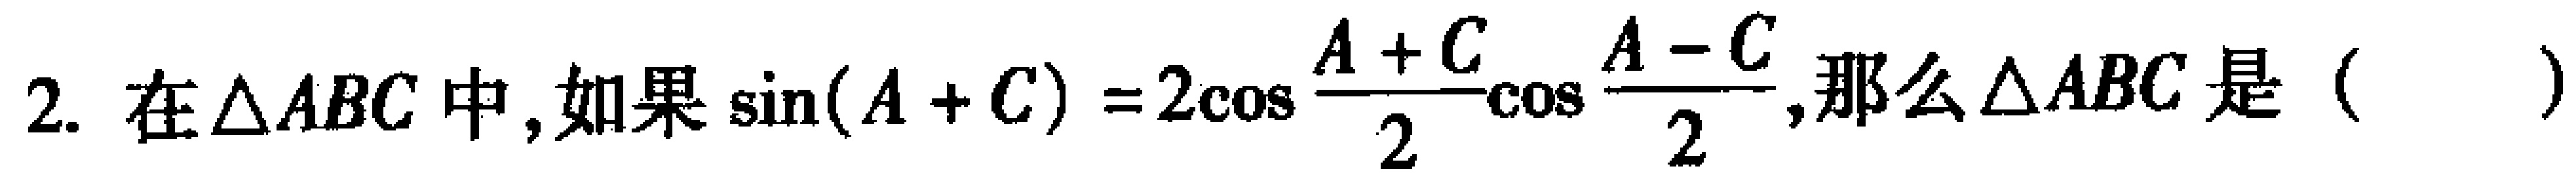
2. 在$\triangle ABC$中，如果$\sin(A + C)=2\cos\frac{A + C}{2}\cos\frac{A - C}{2}$，那么$\triangle ABC$是（  ）